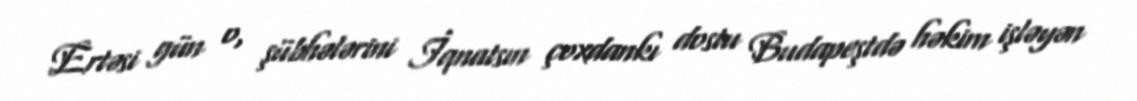
Ertəsi gün o, şübhələrini İqnatsın çoxdankı dostu Budapeştdə həkim işləyən